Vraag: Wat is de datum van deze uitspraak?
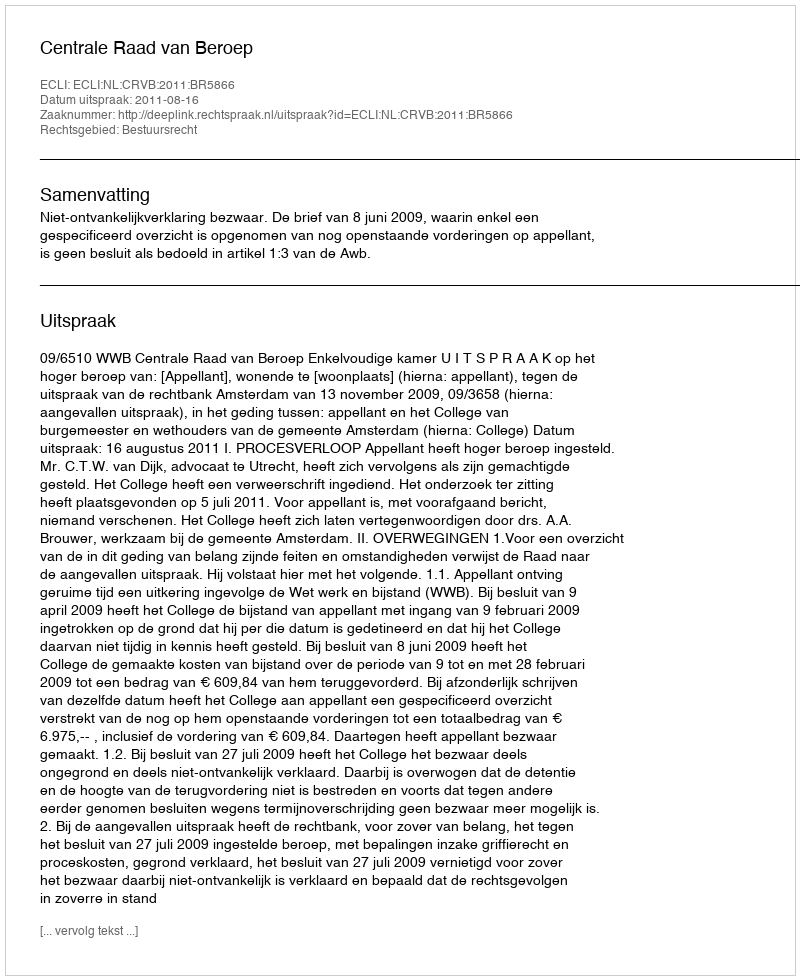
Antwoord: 2011-08-16